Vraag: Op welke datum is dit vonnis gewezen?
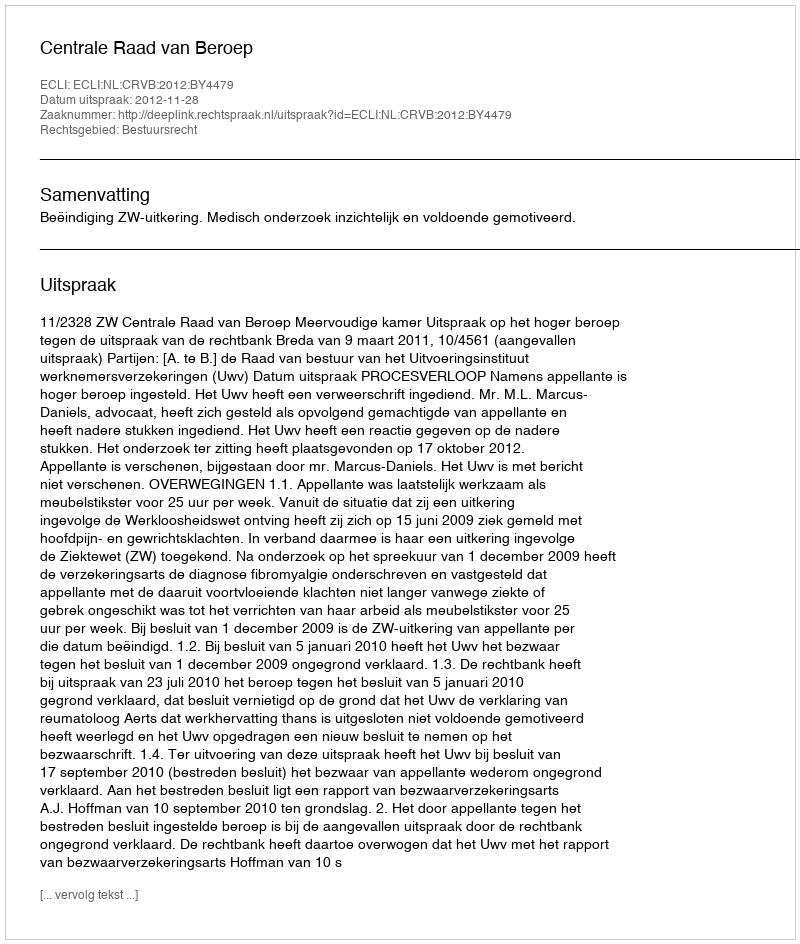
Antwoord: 2012-11-28